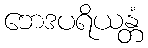
ဘေဒပရိယန္တံ